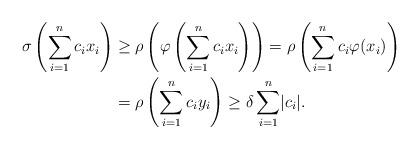
LaTeX: \begin{align*}\sigma\left(\sum_{i=1}^{n} c_{i} x_{i} \right) & \geq \rho\left(\varphi\left(\sum_{i=1}^{n} c_{i} x_{i} \right)\right) = \rho\left(\sum_{i=1}^{n} c_{i} \varphi(x_{i}) \right) \\& = \rho\left(\sum_{i=1}^{n} c_{i} y_{i} \right) \geq\delta\sum_{i=1}^{n} \lvert c_{i} \rvert.\end{align*}